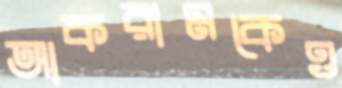
আকরামকেও